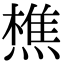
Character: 𬋈